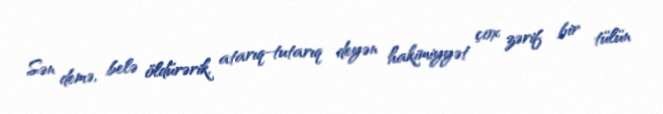
Sən demə, belə öldürərik, atarıq-tutarıq deyən hakimiyyət çox zərif bir tülün